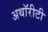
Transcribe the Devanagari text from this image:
अथॉरीटी